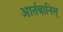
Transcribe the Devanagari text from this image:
आर्तबानिस्